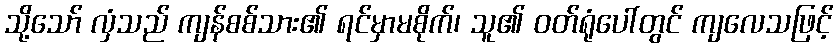
သို့သော် လှံသည် ကျန်စစ်သား၏ ရင်မှာမစိုက်၊ သူ၏ ဝတ်ရုံပေါ်တွင် ကျလေသဖြင့်